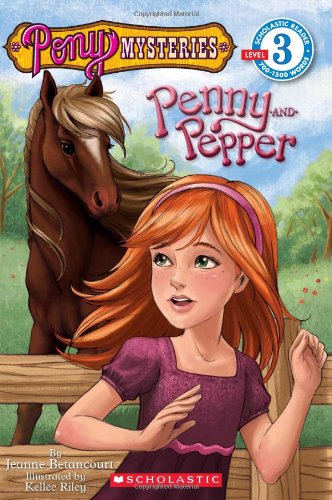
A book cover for Scholastic Reader Level 3: Pony Mysteries #1: Penny and Pepper: Penny & Pepper; Jeanne Betancourt; Children's Books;